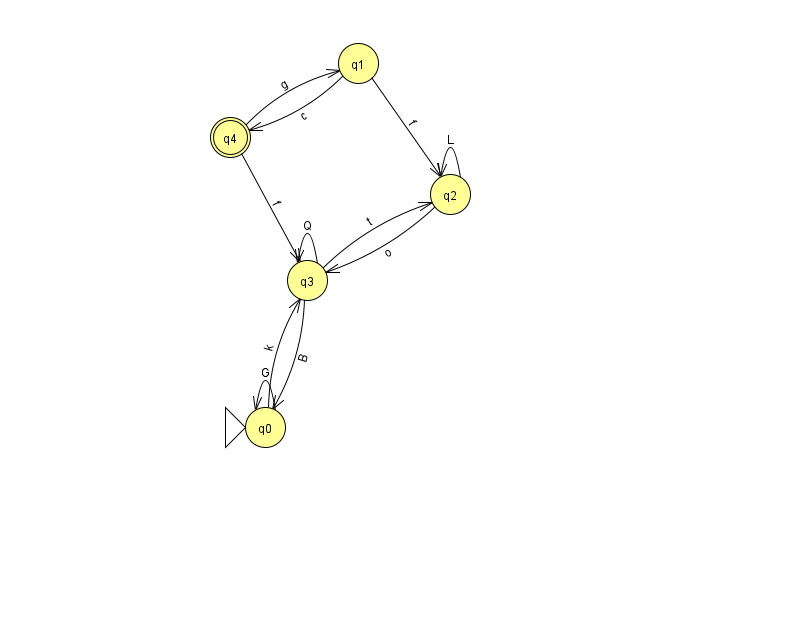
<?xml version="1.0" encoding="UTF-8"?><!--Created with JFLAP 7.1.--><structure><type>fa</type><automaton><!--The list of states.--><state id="0" name="q0"><x>265.0</x><y>414.0</y><initial/></state><state id="1" name="q1"><x>358.0</x><y>50.0</y></state><state id="2" name="q2"><x>450.0</x><y>181.0</y></state><state id="3" name="q3"><x>307.0</x><y>267.0</y></state><state id="4" name="q4"><x>230.0</x><y>124.0</y><final/></state><!--The list of transitions.--><transition><from>0</from><to>3</to><read>k</read></transition><transition><from>3</from><to>3</to><read>Q</read></transition><transition><from>2</from><to>3</to><read>o</read></transition><transition><from>0</from><to>0</to><read>G</read></transition><transition><from>3</from><to>0</to><read>B</read></transition><transition><from>1</from><to>2</to><read>f</read></transition><transition><from>1</from><to>4</to><read>c</read></transition><transition><from>4</from><to>3</to><read>f</read></transition><transition><from>2</from><to>2</to><read>L</read></transition><transition><from>3</from><to>2</to><read>t</read></transition><transition><from>4</from><to>1</to><read>g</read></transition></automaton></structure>